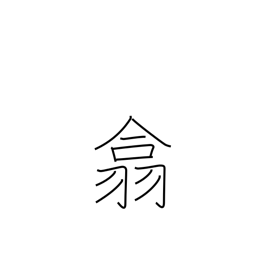
Meaning: gather